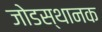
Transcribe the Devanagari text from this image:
जोडस्थानक